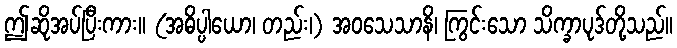
ဤဆိုအပ်ပြီးကား။ (အဓိပ္ပါယော၊ တည်း၊) အဝသေသာနိ၊ ကြွင်းသော သိက္ခာပုဒ်တို့သည်။